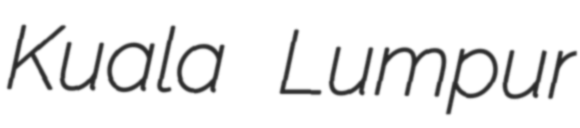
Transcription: Kuala Lumpur